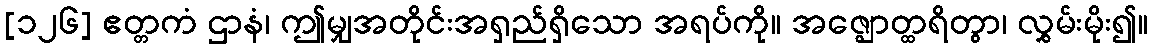
[၁၂၆] ဧတ္တကံ ဌာနံ၊ ဤမျှအတိုင်းအရှည်ရှိသော အရပ်ကို။ အဇ္ဈောတ္ထရိတွာ၊ လွှမ်းမိုး၍။